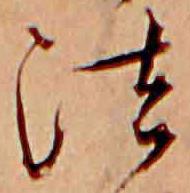
法